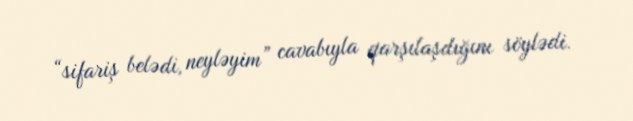
“sifariş belədi, neyləyim” cavabıyla qarşılaşdığını söylədi.